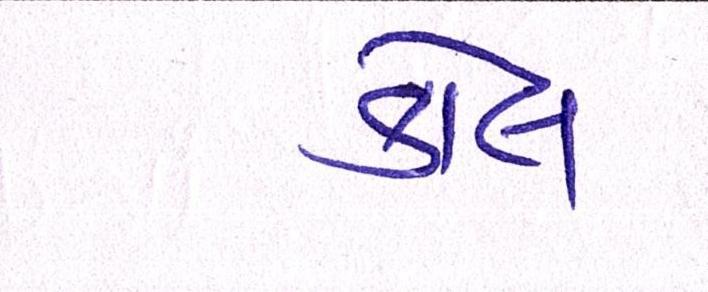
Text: કોલ